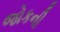
જોકની